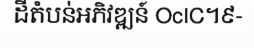
ដីតំបន់អភិវឌ្ឍន៍ OcIC។៩-